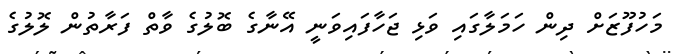
މަހުފޫޒަށް ދިން ހަމަލާގައި ވަޅި ޖަހާފައިވަނީ އޭނާގެ ބޮލުގެ ވާތް ފަރާތުން ލޮލުގެ